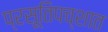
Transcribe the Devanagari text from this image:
प्रसूतिपच्शात